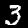
Label: 3